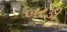
બરડી